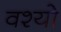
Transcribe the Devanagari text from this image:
वश्यो